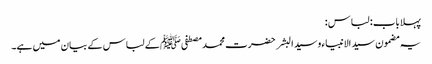
پہلا باب : لباس :
یہ مضمون سید الانبیاء وسید البشر حضرت محمد مصطفی ﷺ کے لباس کے بیان میں ہے۔